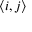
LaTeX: \displaystyle \langle i , j \rangle